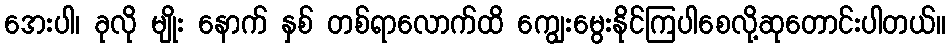
အေးပါ၊ ခုလို မျိုး နောက် နှစ် တစ်ရာလောက်ထိ ကျွေးမွေးနိုင်ကြပါစေလို့ဆုတောင်းပါတယ်။